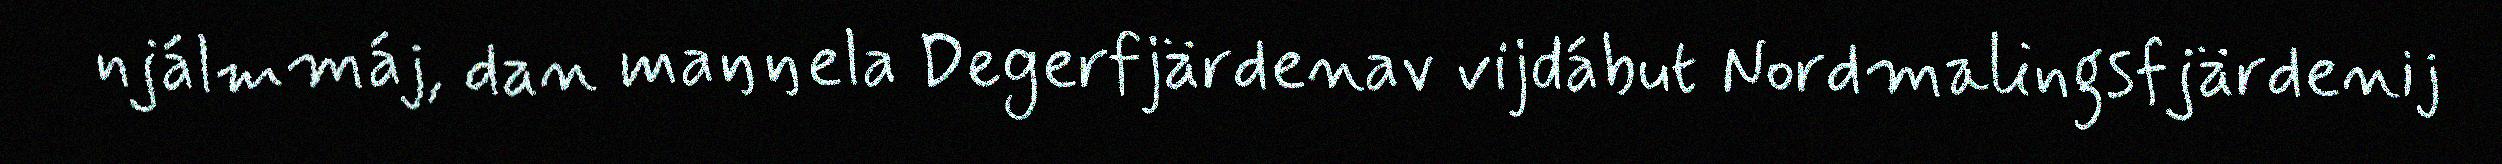
njálmmáj, dan maŋŋela Degerfjärdenav vijdábut Nordmalingsfjärdenij